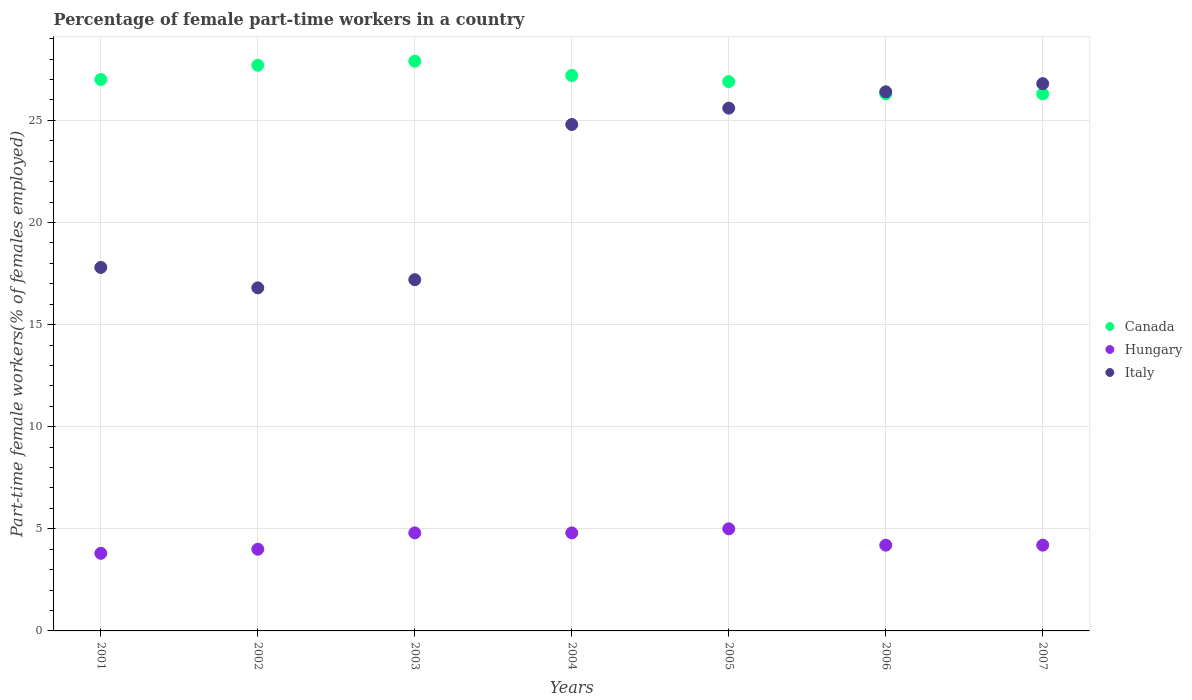
| Years | Canada | Hungary | Italy |
 | --- | --- | --- | --- |
 | 2001 | 27 | 3.8 | 17.8 |
 | 2002 | 27.7 | 4 | 16.8 |
 | 2003 | 27.9 | 4.8 | 17.2 |
 | 2004 | 27.2 | 4.8 | 24.8 |
 | 2005 | 26.9 | 5 | 25.6 |
 | 2006 | 26.3 | 4.2 | 26.4 |
 | 2007 | 26.3 | 4.2 | 26.8 |